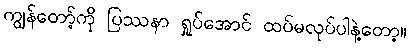
ကျွန်တော့်ကို ပြဿနာ ရှုပ်အောင် ထပ်မလုပ်ပါနဲ့တော့။